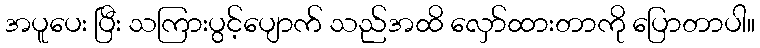
အပူပေး ပြီး သကြားပွင့်ပျောက် သည်အထိ လှော်ထားတာကို ပြောတာပါ။